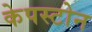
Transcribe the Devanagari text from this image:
केपस्टोन